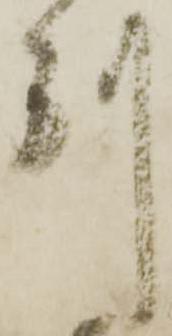
別